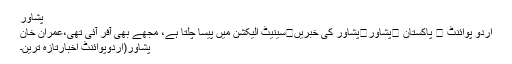
پشاور
اُردو پوائنٹ ⬅ پاکستان ⬅پشاور⬅پشاور کی خبریں⬅سینیٹ الیکشن میں پیسا چلتا ہے، مجھے بھی آفر آئی تھی،عمران خان
پشاور(اُردوپوائنٹ اخبارتازہ ترین۔